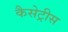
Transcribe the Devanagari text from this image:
कैसेट्रीस